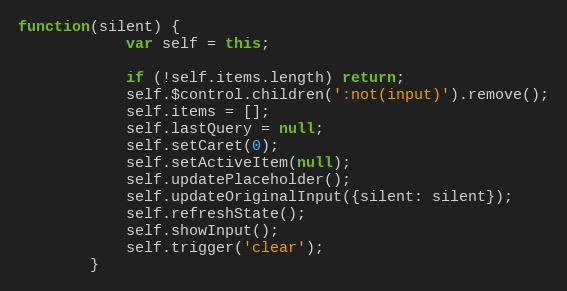
Language: JavaScript
function(silent) {
			var self = this;

			if (!self.items.length) return;
			self.$control.children(':not(input)').remove();
			self.items = [];
			self.lastQuery = null;
			self.setCaret(0);
			self.setActiveItem(null);
			self.updatePlaceholder();
			self.updateOriginalInput({silent: silent});
			self.refreshState();
			self.showInput();
			self.trigger('clear');
		}